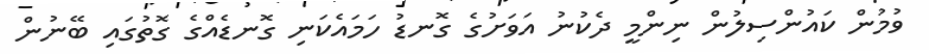
ވުމުން ކައުންސިލުން ނިންމީ ދެކުނު އަވަށުގެ ގޮނޑު ހަމައެކަނި ގޮނޑެއްގެ ގޮތުގައި ބޭނުން